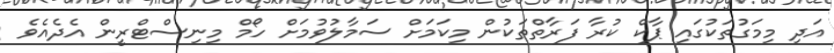
އަދި މިމަގުތަކުގައި ޕާކް ކުރާ ފަރާތްތަކުން މިކަމަށް ސަމާލުވުމަށް ހޯމް މިނިސްޓްރީން އެދެއެވެ